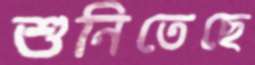
শুনিতেছে